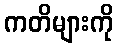
ကတိများကို